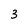
Character: 3